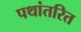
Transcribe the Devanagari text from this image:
पथांतरित